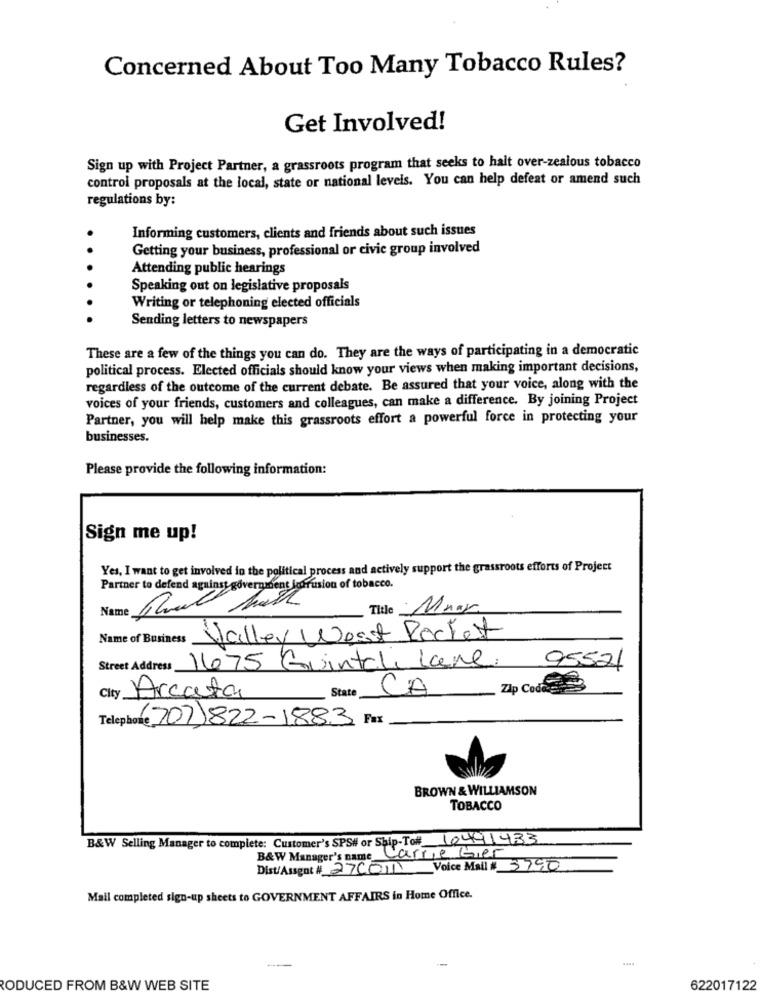
Concerned About Too Many Tobacco Rules?
Get Involved!
Sign up with Project Partner, a grassroots program that seeks to halt over-zealous tobacco
control proposals at the local, state or national levels. You can help defeat or amend such
regulations by:
Informing customers, clients and friends about such issues
.
Getting your business, professional or civic group involved
Attending public hearings
Speaking out on legislative proposals
Writing or telephoning elected officials
Sending letters to newspapers
These are a few of the things you can do. They are the ways of participating in a democratic
political process. Elected officials should know your views when making important decisions,
regardless of the outcome of the current debate. Be assured that your voice, along with the
voices of your friends, customers and colleagues, can make a difference. By joining Project
Partner, you will help make this grassroots effort a powerful force in protecting your
businesses.
Please provide the following information:
Sign me up!
Yes, I want to get involved in the political process and actively support the grassroots efforts of Project
Partner to defend against government intrusion of tobacco.
Name
Title Maar
Name of Business Valley Nest Rocket
Street Address 1675 Quintali Lane
95521
State
CA Zp Code
City Arcata
Telephone 707)822-1883 Fax
BROWN & WILLIAMSON
TOBACCO
B&W Selling Manager to complete: Customer's SPS# or Ship-To# 10491433
B&W Manager's name Carrie Gier
Dist/Assent # 27001 Voice Mail # 3790
Mail completed sign-up sheets to GOVERNMENT AFFAIRS in Home Office.
--
RODUCED FROM B&W WEB SITE
622017122